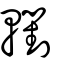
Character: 轛